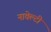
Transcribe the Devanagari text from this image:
नावेल्टी